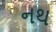
નથ